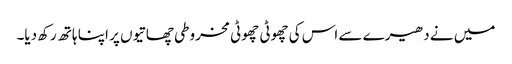
میں نے دھیرے سے اس کی چھوٹی چھوٹی مخروطی چھاتیوں پر اپنا ہاتھ رکھ دیا۔